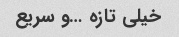
خیلی تازه …و سریع